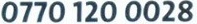
0770 120 0028